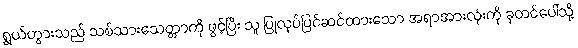
ရွှယ်ဟွားသည် သစ်သားသေတ္တာကို ဖွင့်ပြီး သူ ပြုလုပ်ပြင်ဆင်ထားသော အရာအားလုံးကို ခုတင်ပေါ်သို့